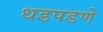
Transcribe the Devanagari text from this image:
धडपडणे